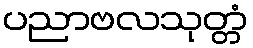
ပညာဗလသုတ္တံ